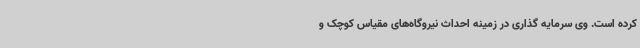
کرده است. وی سرمایه گذاری در زمینه احداث نیروگاه‌های مقیاس کوچک و